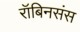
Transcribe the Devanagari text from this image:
रॉबिनसंस